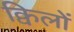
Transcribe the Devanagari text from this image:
क्विलों